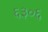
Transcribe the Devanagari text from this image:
६३०६